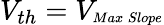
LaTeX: V_{th}=V_{\substack{\scriptscriptstyle Max\, Slope}}